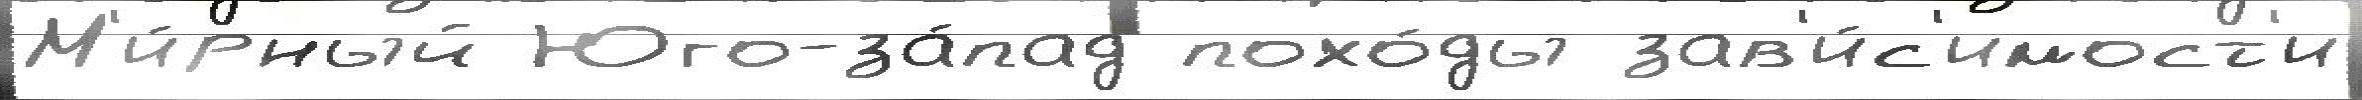
М'и́рный Юго-за́пад похо́ды зав'и́с'имост'и